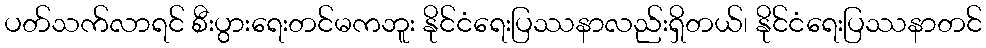
ပတ်သက်လာရင် စီးပွားရေးတင်မကဘူး နိုင်ငံရေးပြဿနာလည်းရှိတယ်၊ နိုင်ငံရေးပြဿနာတင်